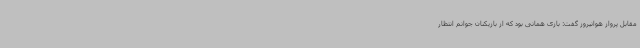
مقابل پرواز هوانیروز گفت: بازی همانی بود که از بازیکنان جوانم انتظار